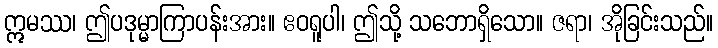
ဣမဿ၊ ဤပဒုမ္မာကြာပန်းအား။ ဧဝရူပါ၊ ဤသို့ သဘောရှိသော။ ဇရာ၊ အိုခြင်းသည်။